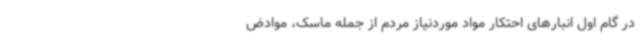
در گام اول انبارهای احتکار مواد موردنیاز مردم از جمله ماسک، موادض